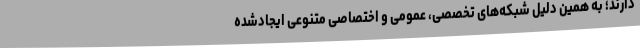
دارند؛ به همین دلیل شبکه‌های تخصصی، عمومی و اختصاصی متنوعی ایجادشده